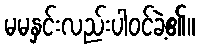
မမနှင်းလည်းပါဝင်ခဲ့၏။